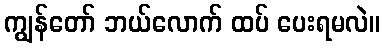
ကျွန်တော် ဘယ်လောက် ထပ် ပေးရမလဲ။